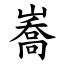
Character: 㠐